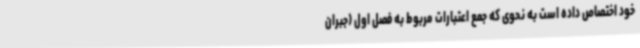
خود اختصاص داده است به‌ نحوی که جمع اعتبارات مربوط به فصل اول (جبران